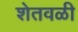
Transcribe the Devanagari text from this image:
शेतवळी